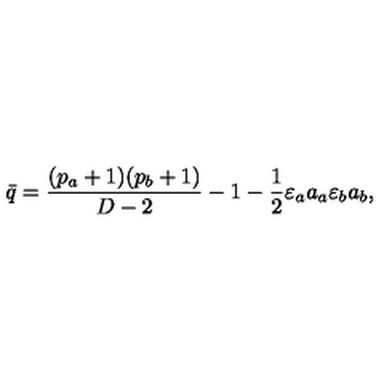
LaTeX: \bar { q } = \frac { ( p _ { a } + 1 ) ( p _ { b } + 1 ) } { D - 2 } - 1 - \frac { 1 } { 2 } \varepsilon _ { a } a _ { a } \varepsilon _ { b } a _ { b } ,